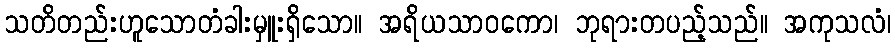
သတိတည်းဟူသောတံခါးမှူးရှိသော။ အရိယသာဝကော၊ ဘုရားတပည့်သည်။ အကုသလံ၊